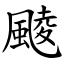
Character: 䬋